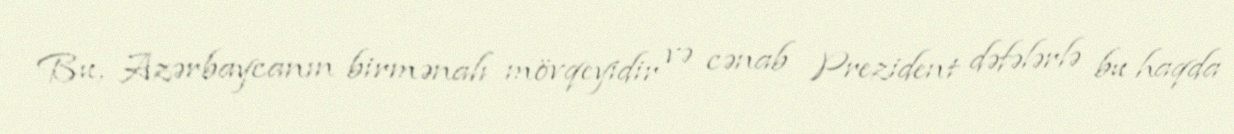
Bu, Azərbaycanın birmənalı mövqeyidir və cənab Prezident dəfələrlə bu haqda